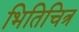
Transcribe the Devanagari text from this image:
भितिचित्र